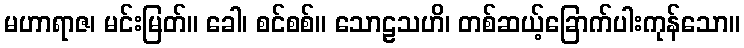
မဟာရာဇ၊ မင်းမြတ်။ ခေါ၊ စင်စစ်။ သောဠသဟိ၊ တစ်ဆယ့်ခြောက်ပါးကုန်သော။